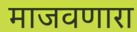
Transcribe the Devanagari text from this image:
माजवणारा